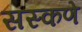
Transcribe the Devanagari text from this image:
सस्कणे